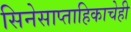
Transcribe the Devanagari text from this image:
सिनेसाप्ताहिकाचेही